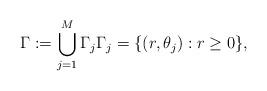
LaTeX: \begin{align*}\Gamma:=\bigcup_{j=1}^{M}\Gamma_{j} \Gamma_{j}=\{(r,\theta_{j}):r\geq0\},\end{align*}